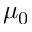
\mu _ { 0 }